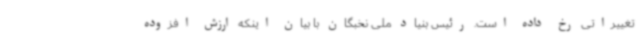
تغییراتی رخ داده است. رئیس بنیاد ملی نخبگان با بیان اینکه ارزش افزوده